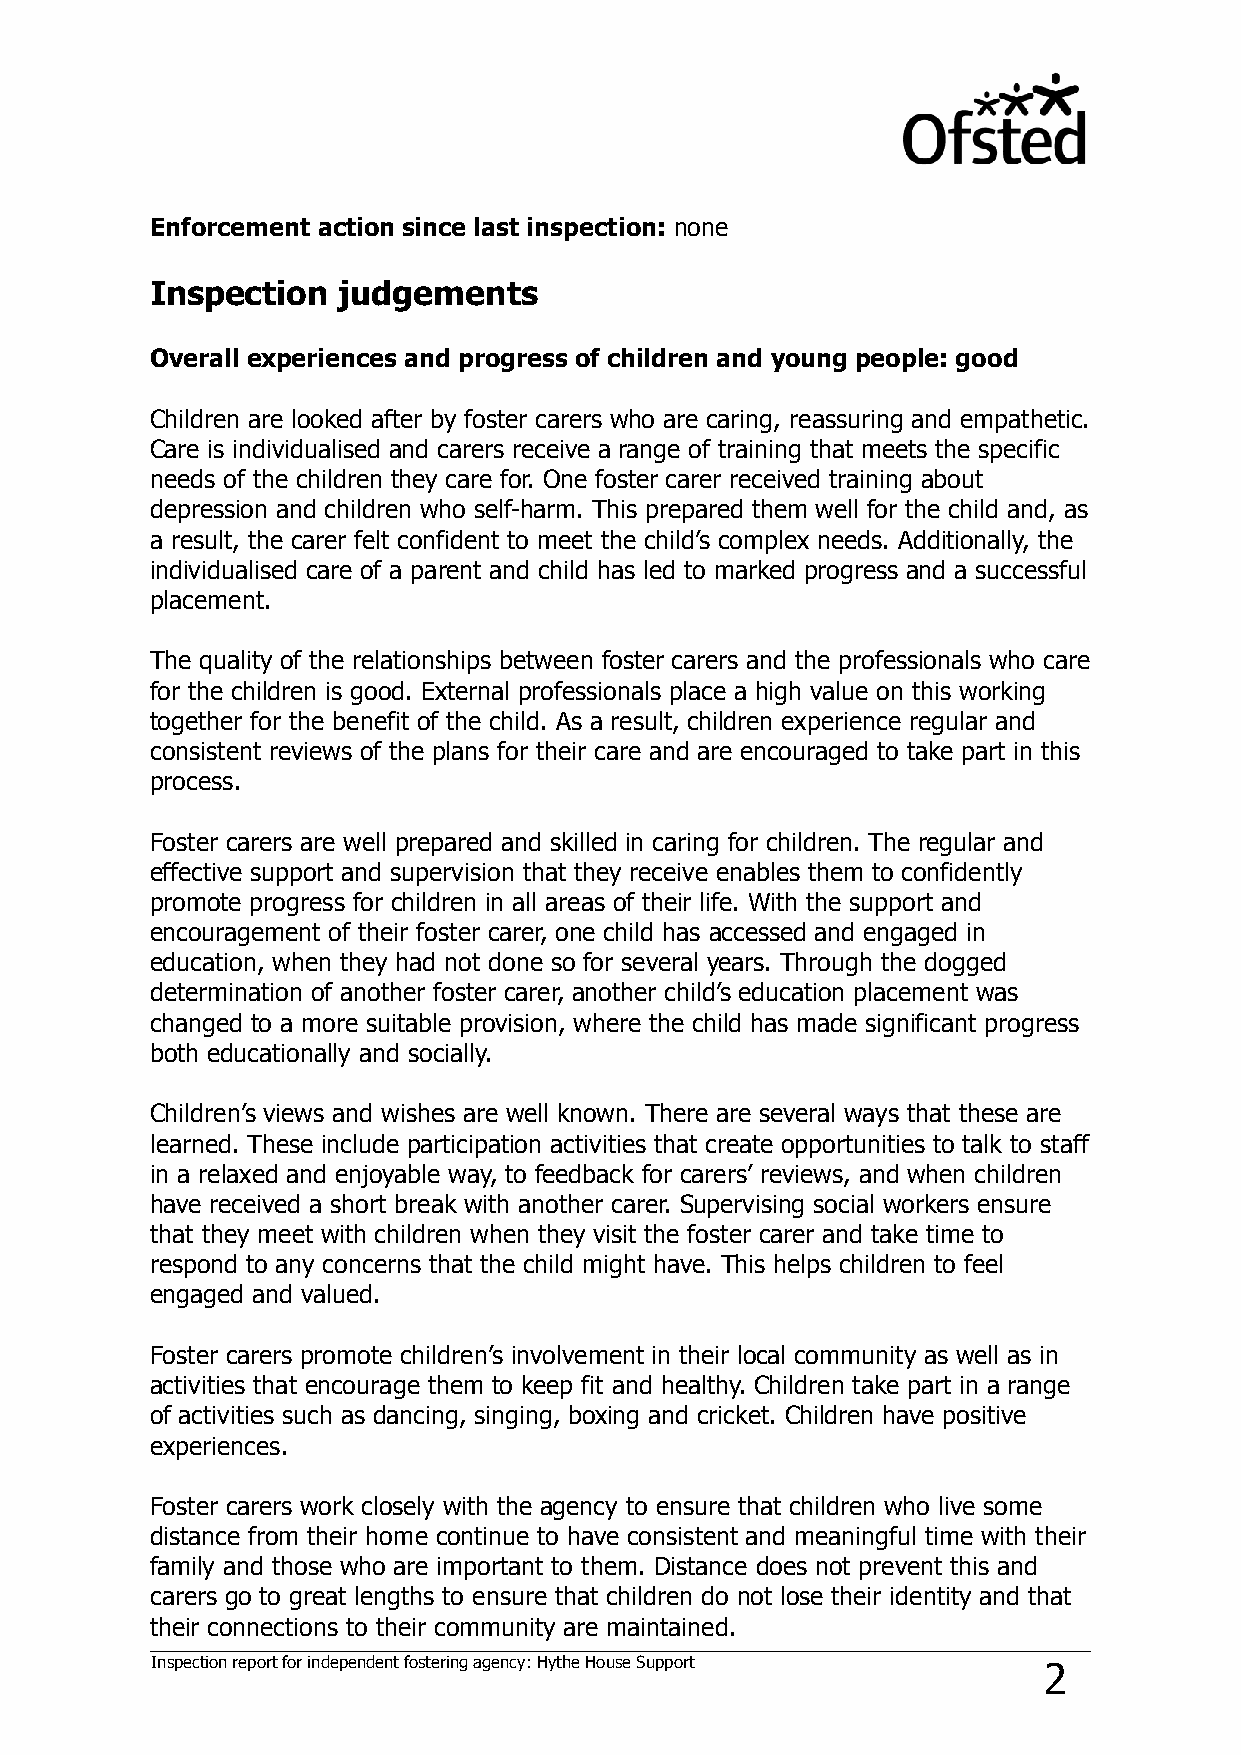
Enforcement action since last inspection: none
 Inspection  judgements
 Overall experiences and progress of children and young people: good
 Children are looked after by foster carers who are caring, reassuring and empathetic.
 Care is individualised and carers receive a range of training that meets the specific
 needs of the children they care for. One foster carer received training about
 depression and children who self-harm. This prepared them well for the child and, as
 a result, the carer felt confident to meet the child’s complex needs. Additionally, the
 individualised care of a parent and child has led to marked progress and a successful
 placement.
 The quality of the relationships between foster carers and the professionals who care
 for the children is good. External professionals place a high value on this working
 together for the benefit of the child. As a result, children experience regular and
 consistent reviews of the plans for their care and are encouraged to take part in this
 process.
 Foster carers are well prepared and skilled in caring for children. The regular and
 effective support and supervision that they receive enables them to confidently
 promote progress for children in all areas of their life. With the support and
 encouragement of their foster carer, one child has accessed and engaged in
 education, when they had not done so for several years. Through the dogged
 determination of another foster carer, another child’s education placement was
 changed to a more suitable provision, where the child has made significant progress
 both educationally and socially.
 Children’s views and wishes are well known. There are several ways that these are
 learned. These include participation activities that create opportunities to talk to staff
 in a relaxed and enjoyable way, to feedback for carers’ reviews, and when children
 have received a short break with another carer. Supervising social workers ensure
 that they meet with children when they visit the foster carer and take time to
 respond to any concerns that the child might have. This helps children to feel
 engaged and valued.
 Foster carers promote children’s involvement in their local community as well as in
 activities that encourage them to keep fit and healthy. Children take part in a range
 of activities such as dancing, singing, boxing and cricket. Children have positive
 experiences.
 Foster carers work closely with the agency to ensure that children who live some
 distance from their home continue to have consistent and meaningful time with their
 family and those who are important to them. Distance does not prevent this and
 carers go to great lengths to ensure that children do not lose their identity and that
 their connections to their community are maintained.
 Inspection report for independent fostering agency: Hythe House Support 2